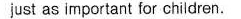
just as important for children.